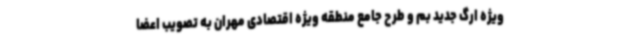
ویژه ارگ جدید بم و طرح جامع منطقه ویژه اقتصادی مهران به تصویب اعضا